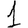
Digit: 1